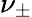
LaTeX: \nu_{\pm}